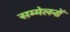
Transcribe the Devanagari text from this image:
सम्मेलनोँ